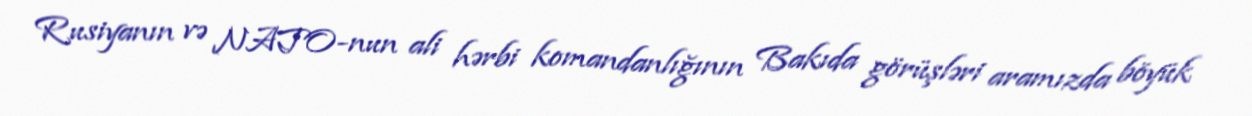
Rusiyanın və NATO-nun ali hərbi komandanlığının Bakıda görüşləri aramızda böyük